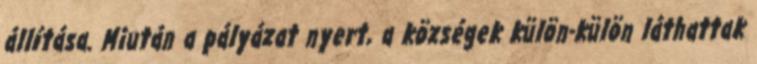
állítása. Miután a pályázat nyert, a községek külön-külön láthattak